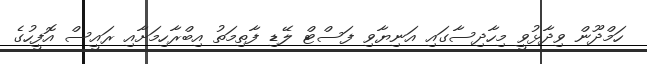
ހަމްދޫން ވިދާޅުވީ މިހާދިސާގައި އަނިޔާވި ފަސްޓް ލޭޑި ފާތިމަތު އިބްރާހިމަށާއި ރައީސް އޮފީހުގެ